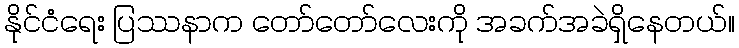
နိုင်ငံရေး ပြဿနာက တော်တော်လေးကို အခက်အခဲရှိနေတယ်။